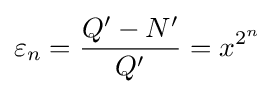
\varepsilon _{n}={\frac {Q'-N'}{Q'}}=x^{2^{n}}